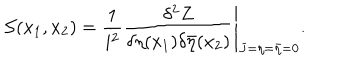
{ \cal S } ( x _ { 1 } , x _ { 2 } ) = \left. \frac { 1 } { i ^ { 2 } } \frac { \delta ^ { 2 } Z } { \delta \eta ( x _ { 1 } ) \delta \bar { \eta } ( x _ { 2 } ) } \right| _ { J = \eta = \bar { \eta } = 0 } .